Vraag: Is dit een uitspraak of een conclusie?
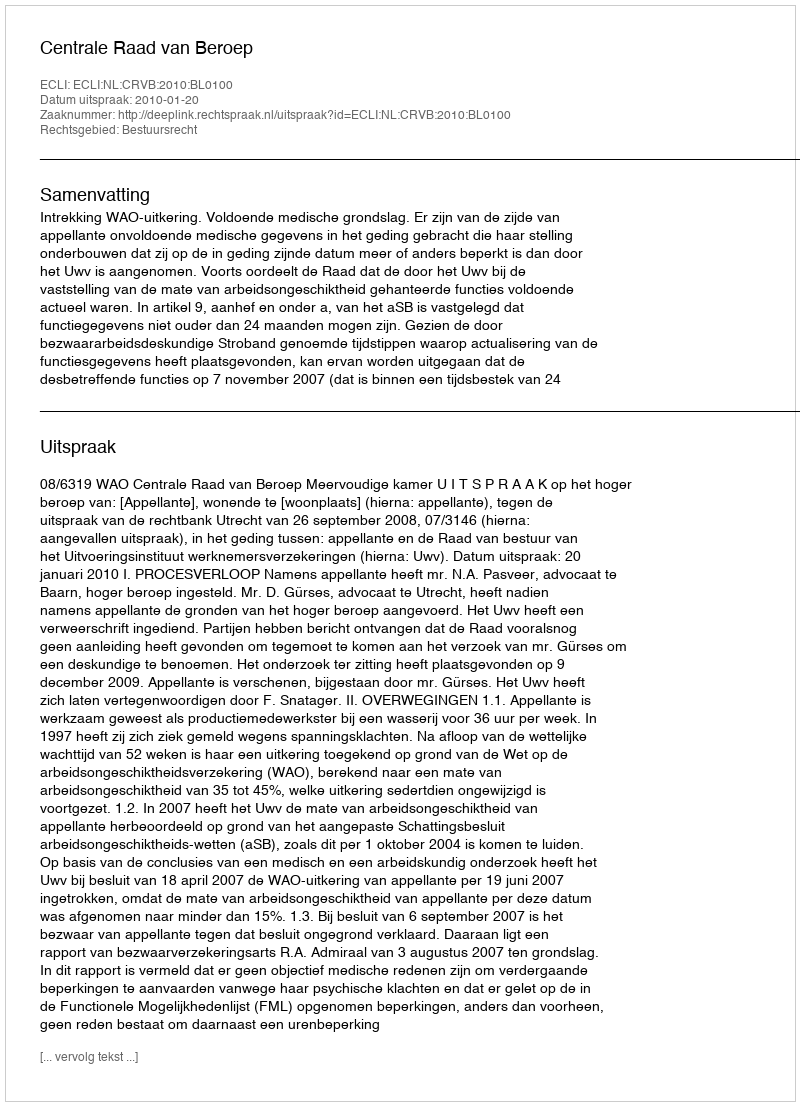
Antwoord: Uitspraak